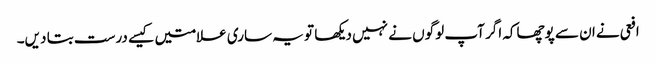
افعی نے ان سے پوچھاکہ اگر آپ لوگوں نے نہیں دیکھا تو یہ ساری علامتیں کیسے درست بتا دیں۔